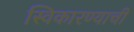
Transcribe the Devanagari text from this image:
स्विकारण्याची